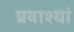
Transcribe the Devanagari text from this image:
प्रवाश्यां